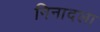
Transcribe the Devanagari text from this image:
निनादला